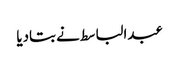
عبدالباسط نے بتادیا